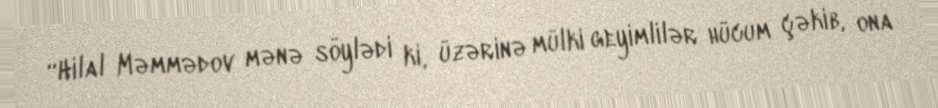
“Hilal Məmmədov mənə söylədi ki, üzərinə mülki geyimlilər hücum çəkib, ona